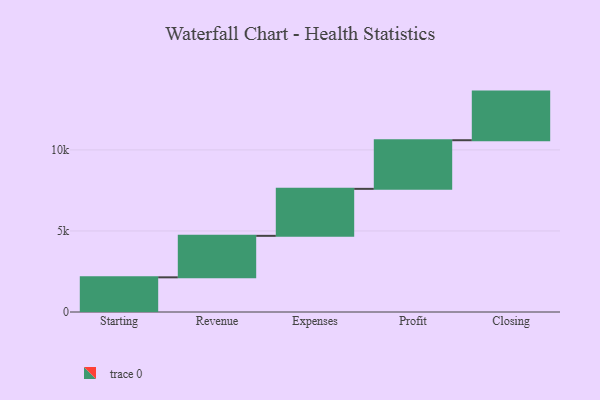
{"axis": {"x": "Step", "y": "Value"}, "legend": [""], "data": [{"x": "Starting", "y": 2139.0, "type": ""}, {"x": "Revenue", "y": 2560.0, "type": ""}, {"x": "Expenses", "y": 2899.0, "type": ""}, {"x": "Profit", "y": 3000, "type": ""}, {"x": "Closing", "y": 3000, "type": ""}]}